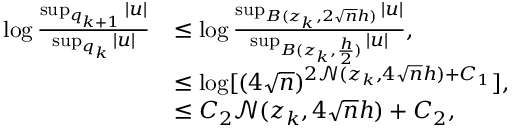
\begin{array} { r l } { \log \frac { \operatorname* { s u p } _ { q _ { k + 1 } } | u | } { \operatorname* { s u p } _ { q _ { k } } | u | } } & { \leq \log \frac { \operatorname* { s u p } _ { B ( z _ { k } , 2 \sqrt { n } h ) } | u | } { \operatorname* { s u p } _ { B ( z _ { k } , \frac { h } { 2 } ) } | u | } , } \\ & { \leq \log [ ( 4 \sqrt { n } ) ^ { 2 \mathcal { N } ( z _ { k } , 4 \sqrt { n } h ) + C _ { 1 } } ] , } \\ & { \leq C _ { 2 } \mathcal { N } ( z _ { k } , 4 \sqrt { n } h ) + C _ { 2 } , } \end{array}